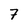
Character: 7